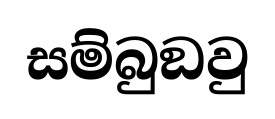
සම්බුඞවු